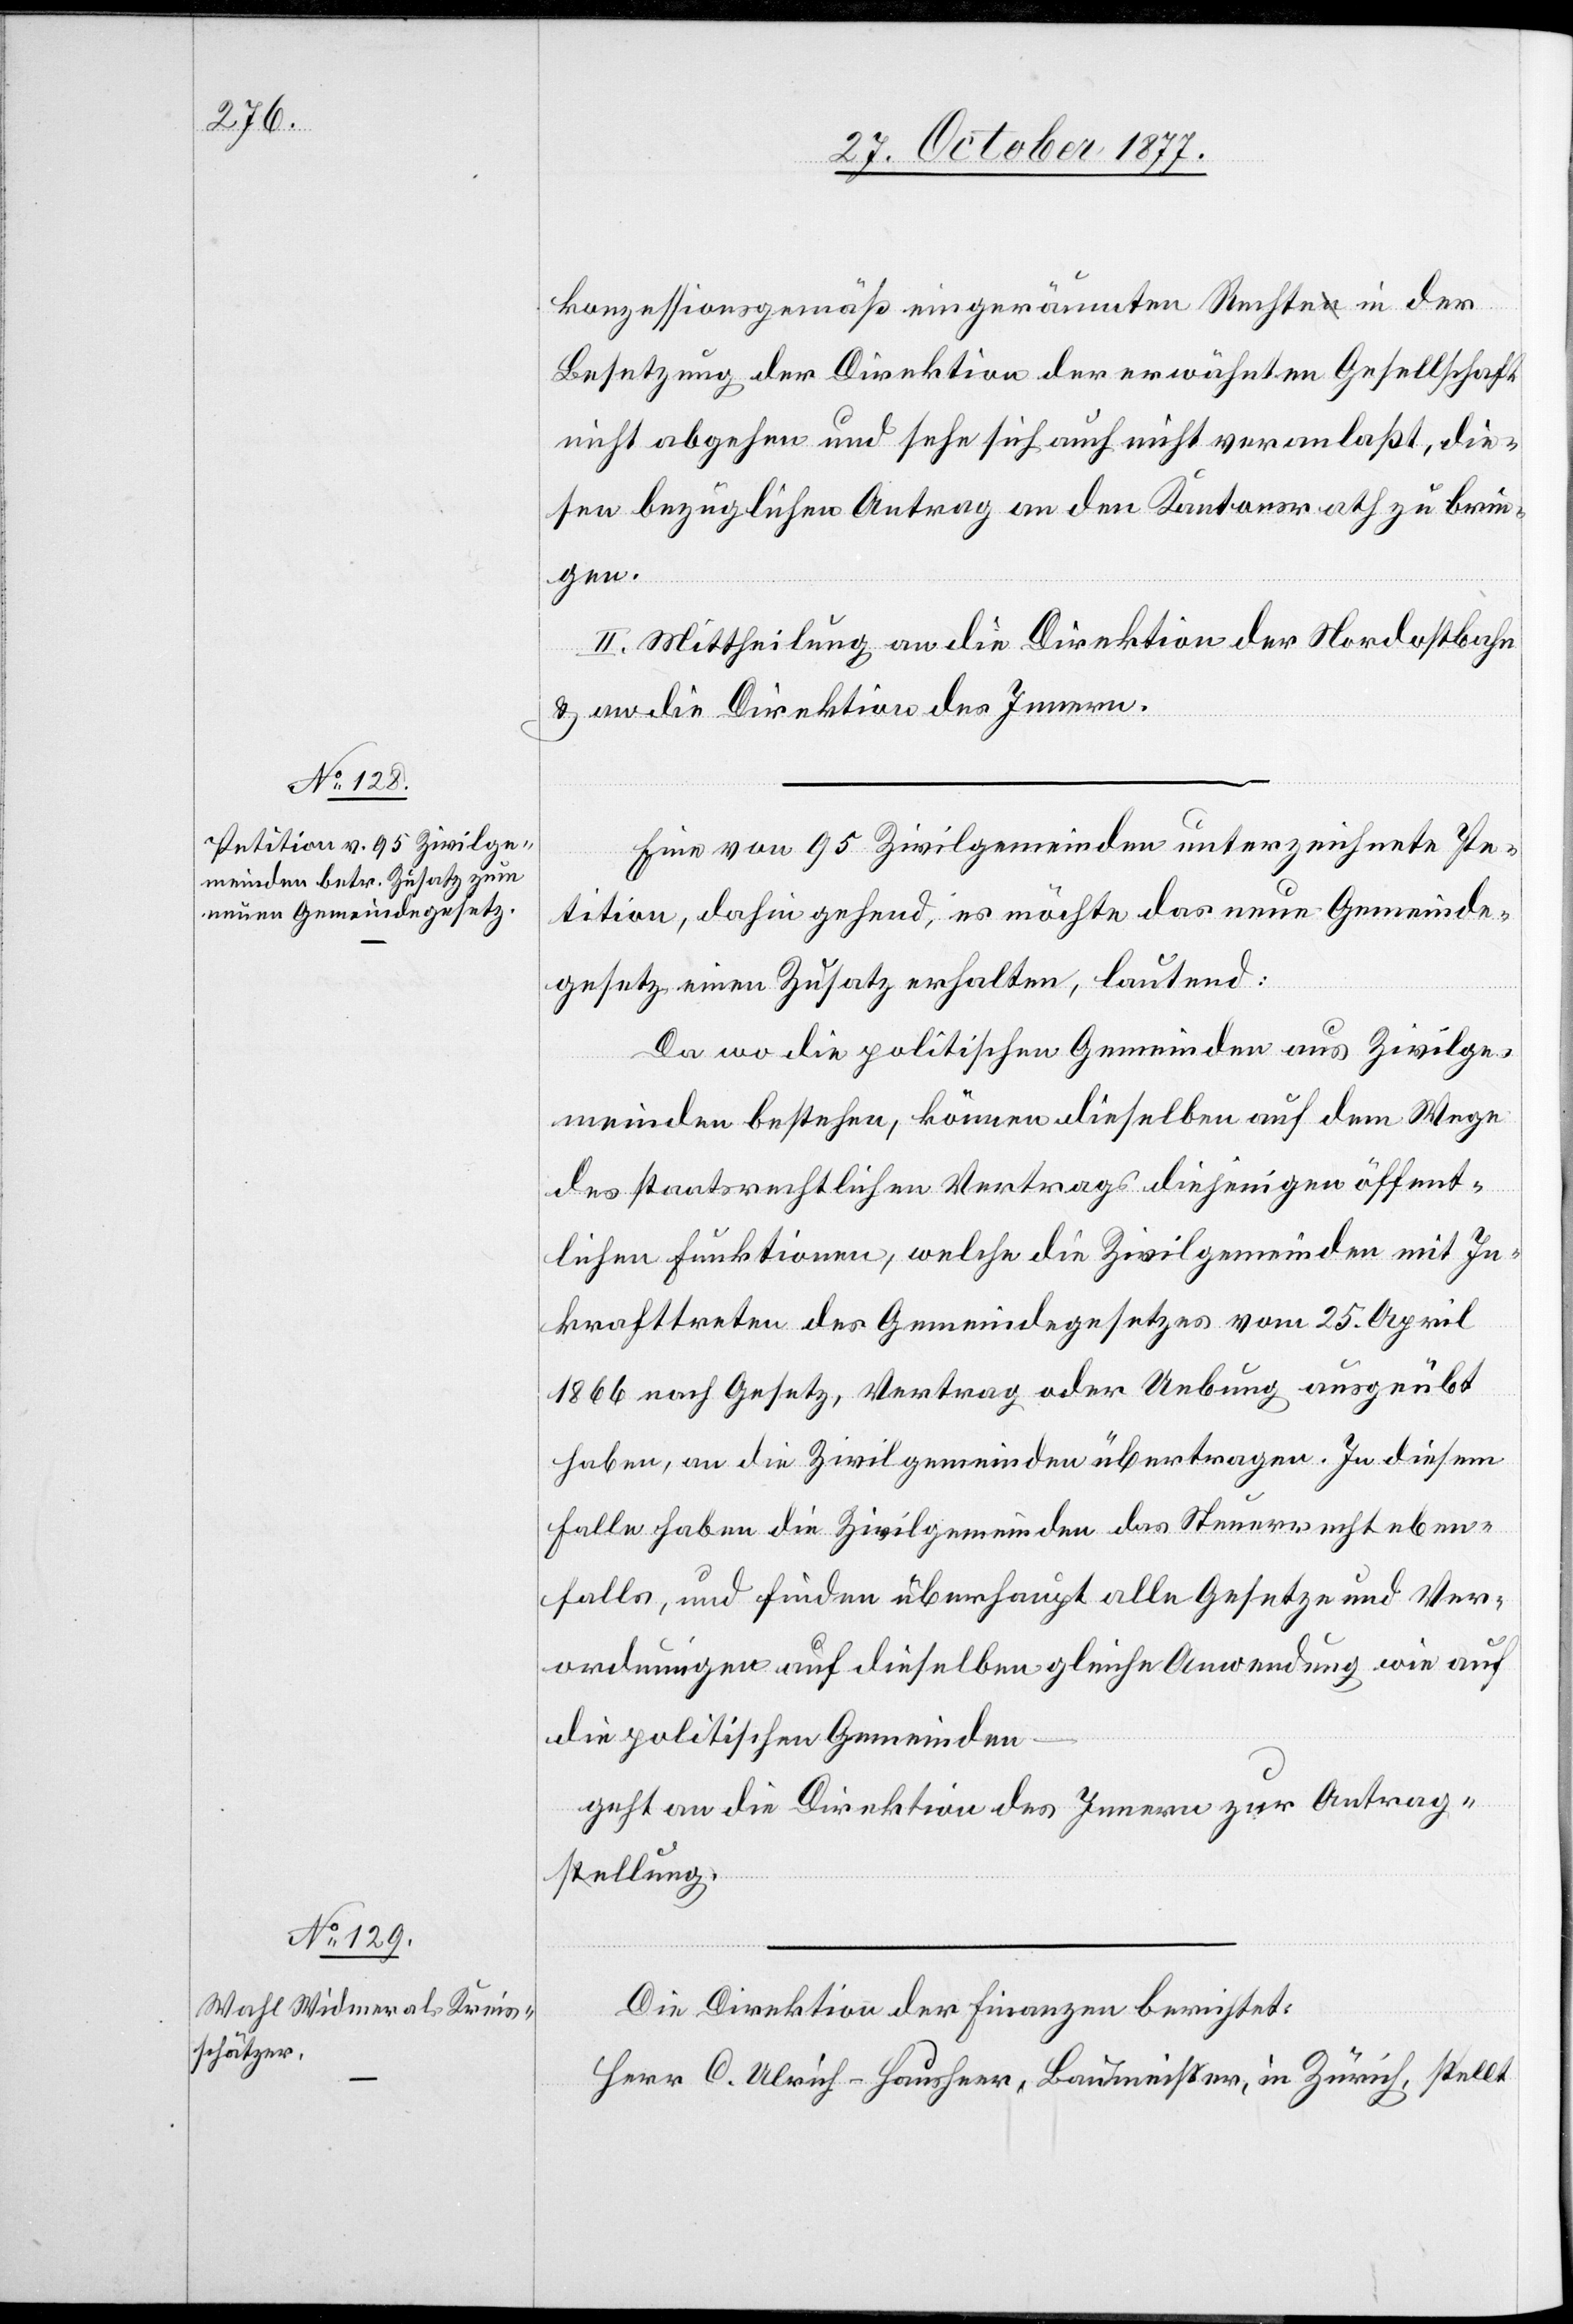
konzessionsgemäß eingeräumten Rechte in der
Besetzung der Direktion der erwähnten Gesellschaft
nicht abgehen und sehe sich auch nicht veranlaßt, die¬
sen bezüglichen Antrag an den Kantonsrath zu brin¬
gen.
II. Mittheilung an die Direktion der Nordostbahn
& an die Direktion des Innern.
Eine von 95 Zivilgemeinden unterzeichnete Pe¬
tition, dahin gehend, es möchte das neue Gemeinde¬
gesetz einen Zusatz erhalten, lautend:
Da wo die politischen Gemeinden aus Zivilge¬
meinden bestehen, können dieselben auf dem Wege
des staatsrechtlichen Vertrags diejenigen öffent¬
lichen Funktionen, welche die Zivilgemeinden mit In¬
krafttreten des Gemeindegesetzes vom 25. April
1866 nach Gesetz, Vertrag oder Uebung ausgeübt
haben, an die Zivilgemeinden übertragen. In diesem
Falle haben die Zivilgemeinden das Steuerrecht eben¬
falls, und finden überhaupt alle Gesetze und Ver¬
ordnungen auf dieselben gleiche Anwendung wie auf
die politischen Gemeinden
geht an die Direktion des Innern zur Antrag¬
stellung.
Die Direktion der Finanzen berichtet:
Herr C. Ulrich-Hausheer, Baumeister, in Zürich, stellt